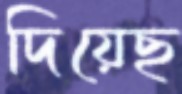
দিয়েছ